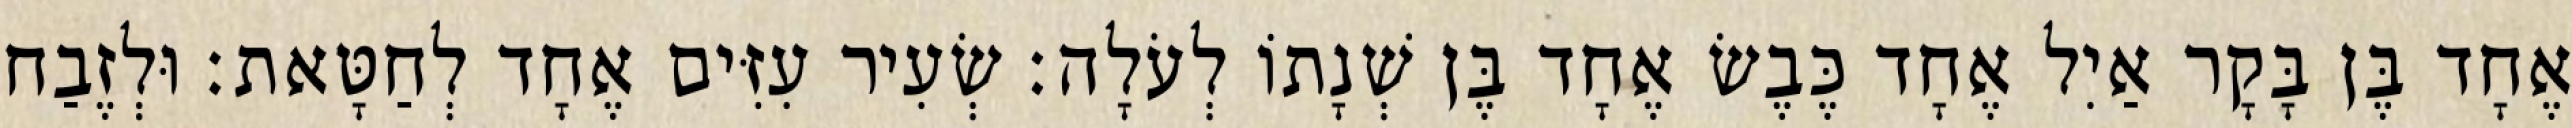
אֶחָד בֶּן בָּקָר אַיִל אֶחָד כֶּבֶשׂ אֶחָד בֶּן שְׁנָתוֹ לְעֹלָה׃ שְׂעִיר עִזִּים אֶחָד לְחַטָּאת׃ וּלְזֶבַח